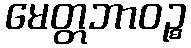
မေတ္တဘာဝဉ္စ